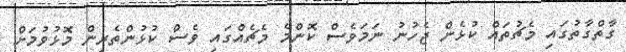
ގާތްގާތުގައި މެޗުތައް ކުޅެން ޖެހުނު ނަމަވެސް ކޮންމެ މެޗެއްގައި ވެސް ކުޅުންތެރިން މޮޅުވުމަށް